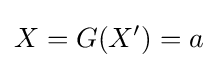
X=G(X')=a